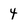
Character: 4